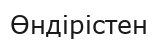
Өндірістен